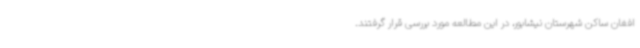
افغان ساکن شهرستان نیشابور، در این مطالعه مورد بررسی قرار گرفتند.